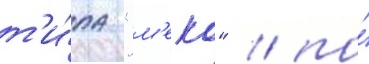
т'и́па "м'еко" / по́